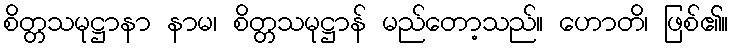
စိတ္တသမုဋ္ဌာနာ နာမ၊ စိတ္တသမုဋ္ဌာန် မည်တော့သည်။ ဟောတိ၊ ဖြစ်၏။